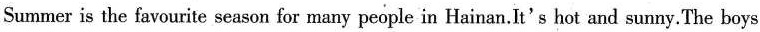
Summer is the favourite season for many people in Hainan.It's hot and sunny.The boys